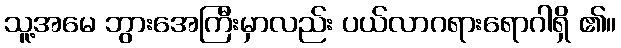
သူ့အမေ ဘွားအေကြီးမှာလည်း ပယ်လာဂရားရောဂါရှိ ၏။